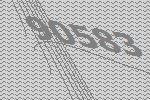
90583